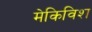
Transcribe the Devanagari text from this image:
मेकिविश